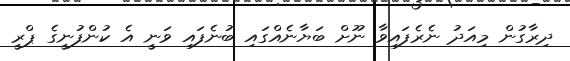
ދިރާގުން މިއަދު ނެރެފައިވާ ނޫށް ބަޔާނެއްގައި ބުނެފައި ވަނީ އެ ކުންފުނީގެ ޕްރީ